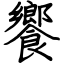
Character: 饗